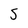
Character: 5